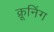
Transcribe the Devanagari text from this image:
क्रूनिंग